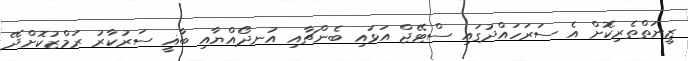
ޒީނަތްތެރިކޮށް އެ ސަރަހައްދުގައި ސްޓޭޖް އަޅައި ބެންޗާއި އުނދޯއްޔާއި ބާޣީ ސަރުކާރު ރަމްޒުކޮށްދޭ